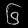
Digit: ၆